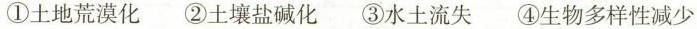
①土地荒漠化 ②土壤盐碱化 ③水土流失 ④生物多样性减少